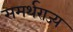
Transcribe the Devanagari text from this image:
समर्थराज्य